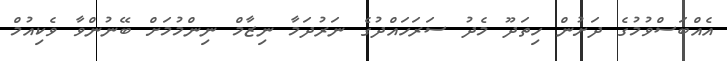
އެއްބަސްވުމުގެ ދަށުން ހިތަދޫ މެދު ސަރަހައްދުގެ ނަރުދަމާ ނިޒާމް ނިންމުމަށް ބޭނުންވާ ވެކިއުމް